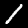
Digit: 1